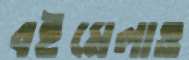
বইমেলাও